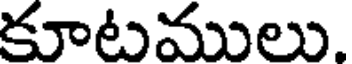
కూటములు.